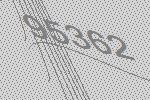
95362